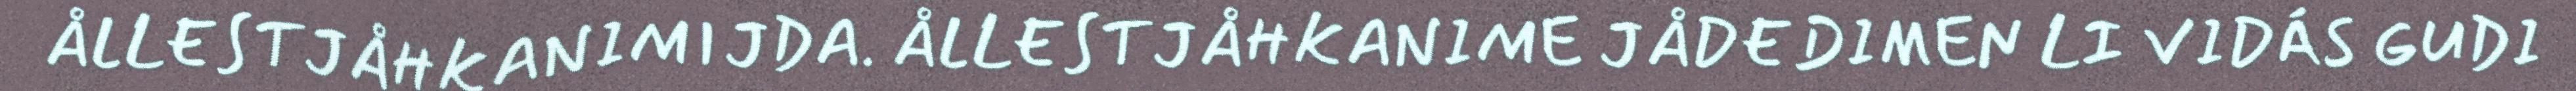
ÅLLESTJÅHKANIMIJDA. ÅLLESTJÅHKANIME JÅDEDIMEN LI VIDÁS GUDI